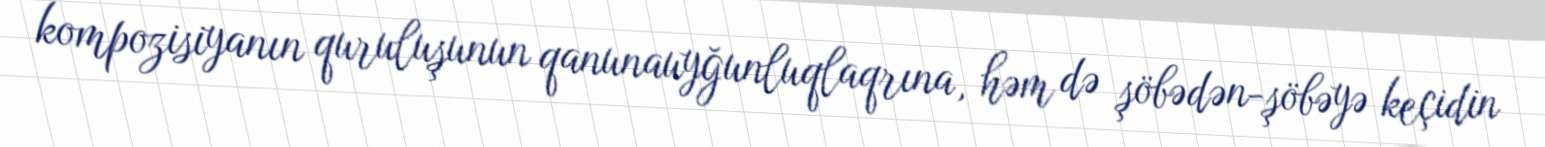
kompozisiyanın quruluşunun qanunauyğunluqlaqrına, həm də şöbədən-şöbəyə keçidin